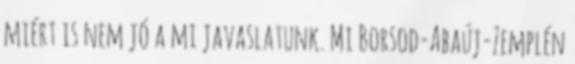
miért is nem jó a mi javaslatunk. Mi Borsod-Abaúj-Zemplén